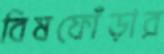
বিষফোঁড়ার